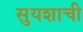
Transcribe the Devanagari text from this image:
सुयशाची